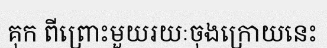
គុក ពីព្រោះមួយរយៈចុងក្រោយនេះ